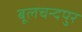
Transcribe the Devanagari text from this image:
बूलचन्दपुर